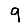
Digit: 9